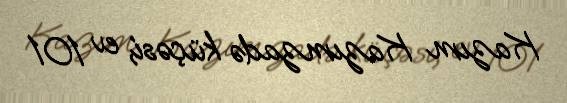
Kazım Kazımzadə küçəsi, ev 101